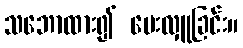
သဘောထား၍ ပေးလှူခြင်း။